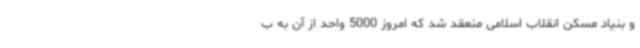
و بنیاد مسکن انقلاب اسلامی منعقد شد که امروز 5000 واحد از آن به ب